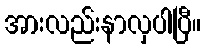
အားလည်းနာလှပါပြီ။